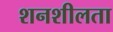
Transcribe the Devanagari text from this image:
शनशीलता